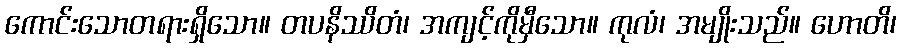
ကောင်းသောတရားရှိသော။ တပနိဿိတံ၊ အကျင့်ကိုမှီသော။ ကုလံ၊ အမျိုးသည်။ ဟောတိ၊